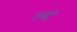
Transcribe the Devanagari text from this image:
उन्दे